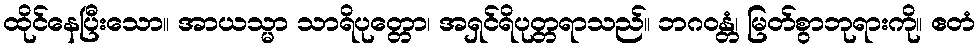
ထိုင်နေပြီးသော။ အာယသ္မာ သာရိပုတ္တော၊ အရှင်ရိပုတ္တရာသည်။ ဘဂဝန္တံ၊ မြတ်စွာဘုရားကို။ ဧတံ